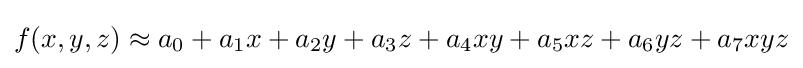
f(x,y,z)\approx a_{0}+a_{1}x+a_{2}y+a_{3}z+a_{4}xy+a_{5}xz+a_{6}yz+a_{7}xyz